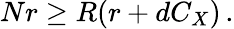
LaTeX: Nr\geq R(r+dC_{X})\, .